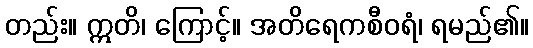
တည်း။ ဣတိ၊ ကြောင့်။ အတိရေကစီဝရံ၊ ရမည်၏။